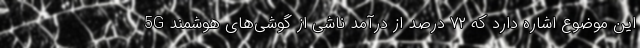
این موضوع اشاره دارد که ۷۲ درصد از درآمد ناشی از گوشی‌های هوشمند 5G